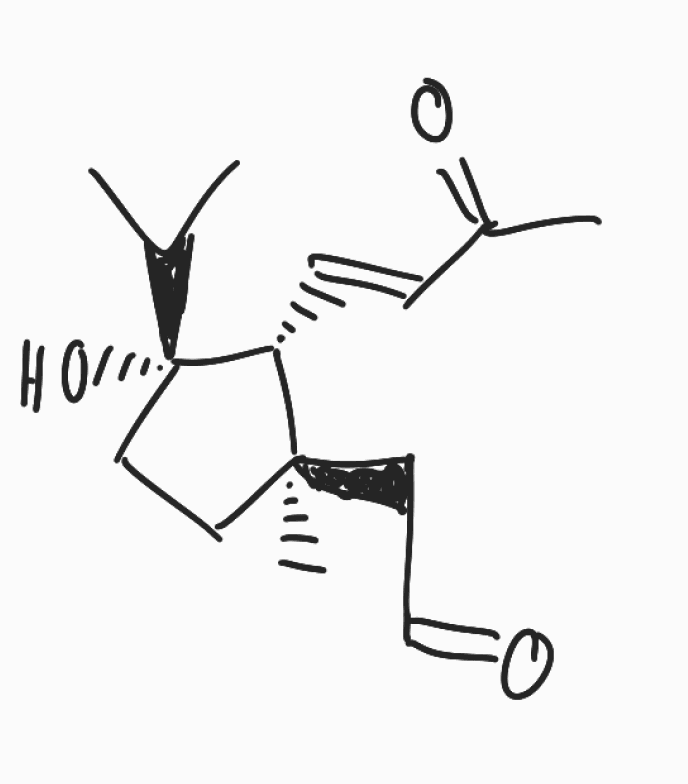
Simplified molecular-input line-entry system (SMILES) notation of the given molecule:
CC(C)[C@@]1(CC[C@]([C@H]1/C=C/C(=O)C)(C)CC=O)O